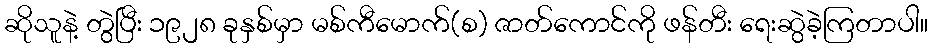
ဆိုသူနဲ့ တွဲပြီး ၁၉၂၈ ခုနှစ်မှာ မစ်ကီမောက်(စ) ဇာတ်ကောင်ကို ဖန်တီး ရေးဆွဲခဲ့ကြတာပါ။